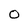
Character: 0